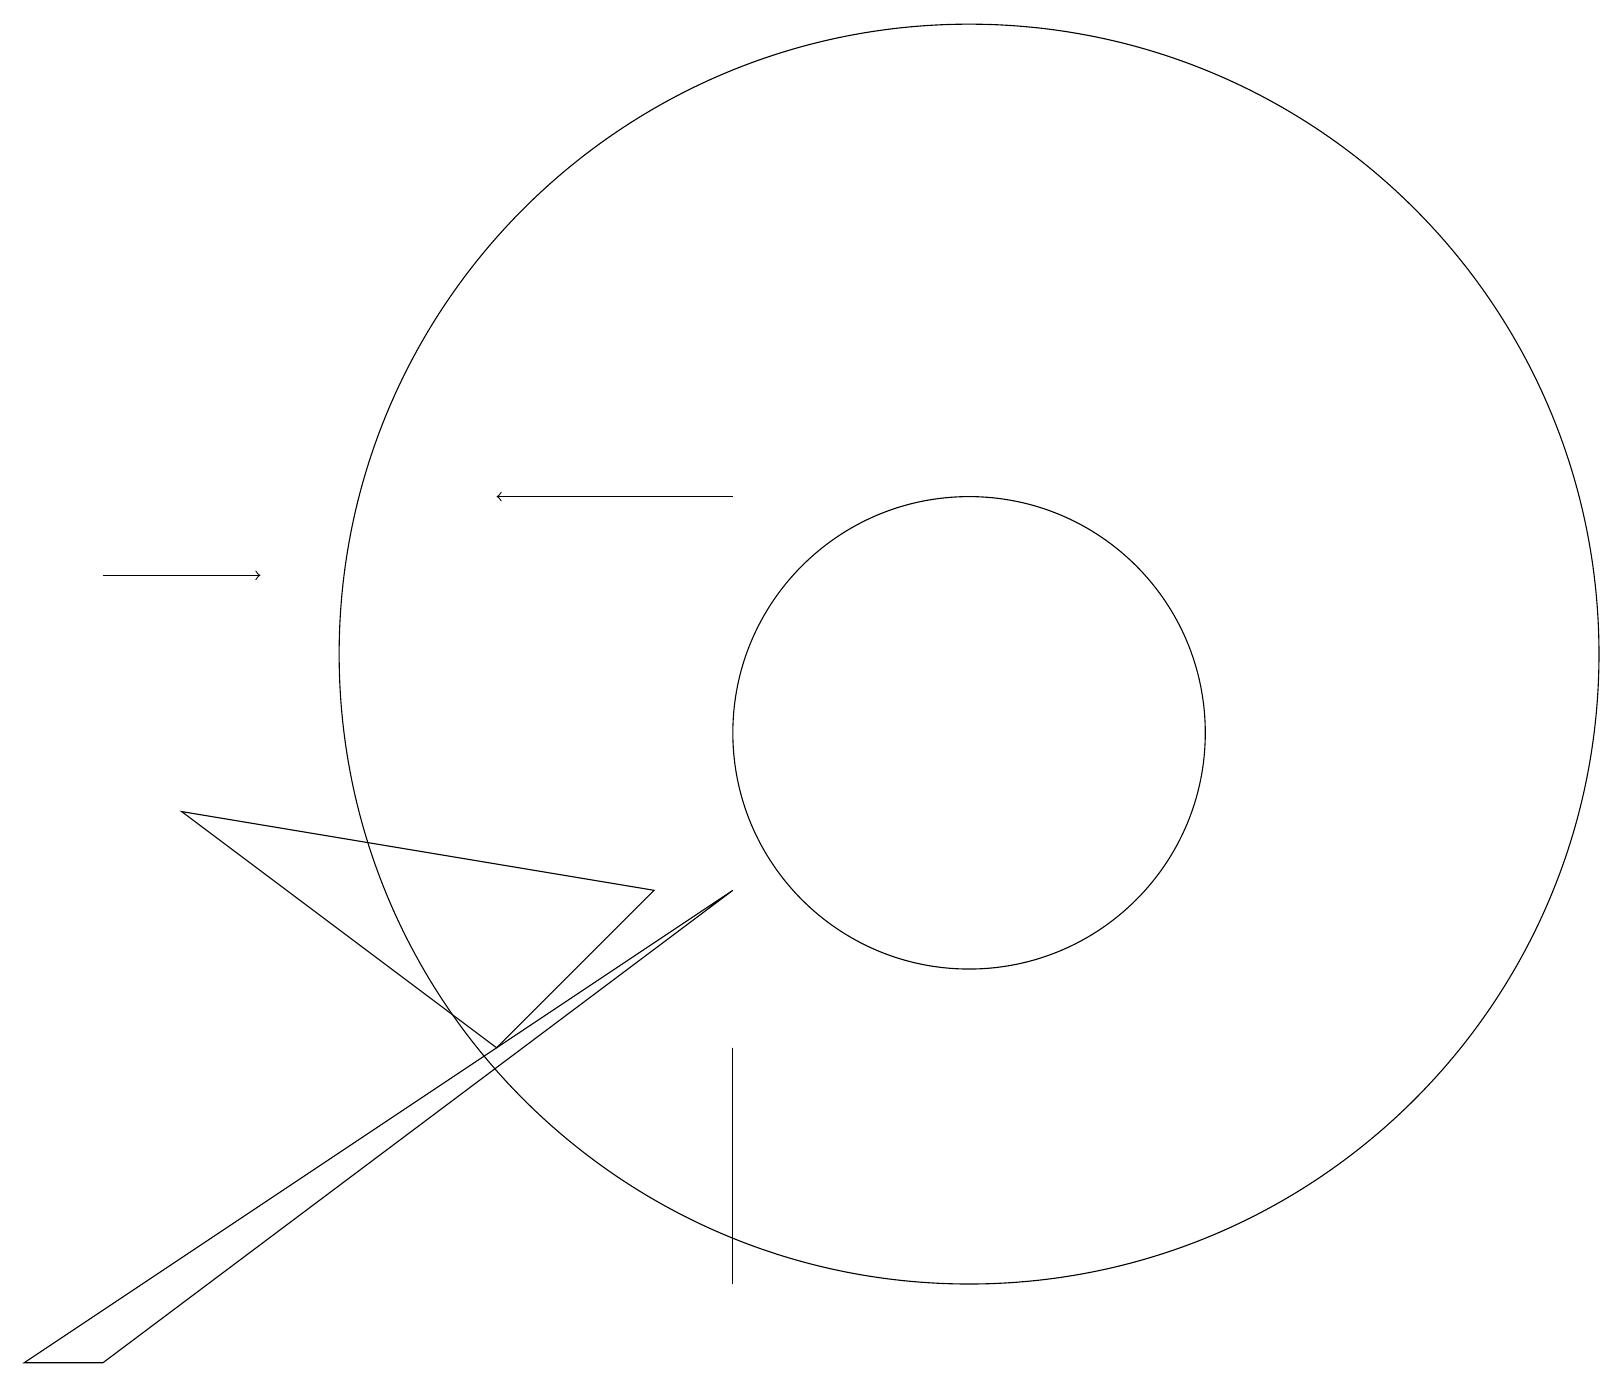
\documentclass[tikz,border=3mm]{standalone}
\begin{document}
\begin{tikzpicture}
\draw (6,6) -- (8,8) -- (2,9) -- cycle;
\draw (9,3) -- (9,6) -- (9,4) -- cycle;
\draw[->] (9,13) -- (6,13);
\draw (12,11) circle (8);
\draw (12,10) circle (3);
\draw (1,2) -- (0,2) -- (9,8) -- cycle;
\draw[->] (1,12) -- (3,12);
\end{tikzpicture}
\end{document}